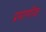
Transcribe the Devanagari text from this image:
प्रमाणीक